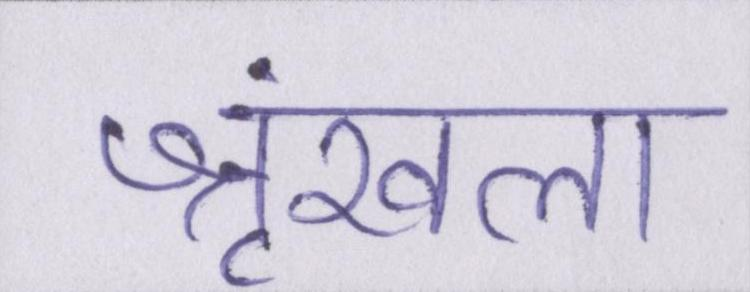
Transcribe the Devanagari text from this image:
श्रृंखला